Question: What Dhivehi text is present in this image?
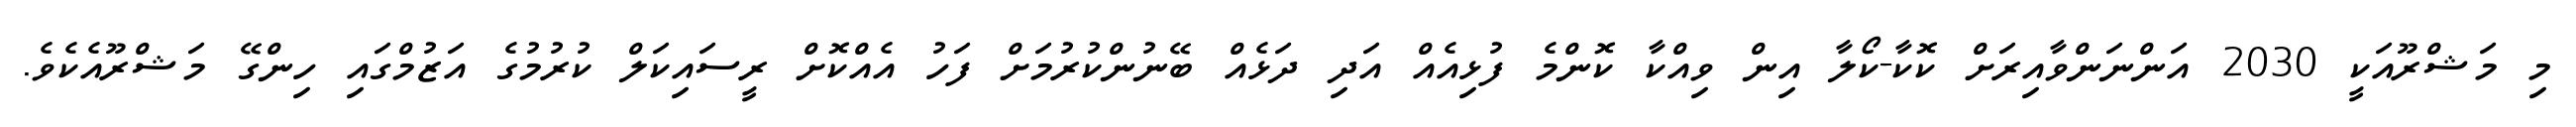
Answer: މި މަޝްރޫއަކީ 2030 އަންނަންވާއިރަށް ކޮކާ-ކޯލާ އިން ވިއްކާ ކޮންމެ ފުޅިއެއް އަދި ދަޅެއް ބޭނުންކުރުމަށް ފަހު އެއްކޮށް ރީސައިކަލް ކުރުމުގެ އަޒުމްގައި ހިންގޭ މަޝްރޫއެކެވެ.